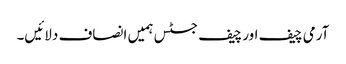
آرمی چیف اور چیف جسٹس ہمیں انصاف دلائیں۔